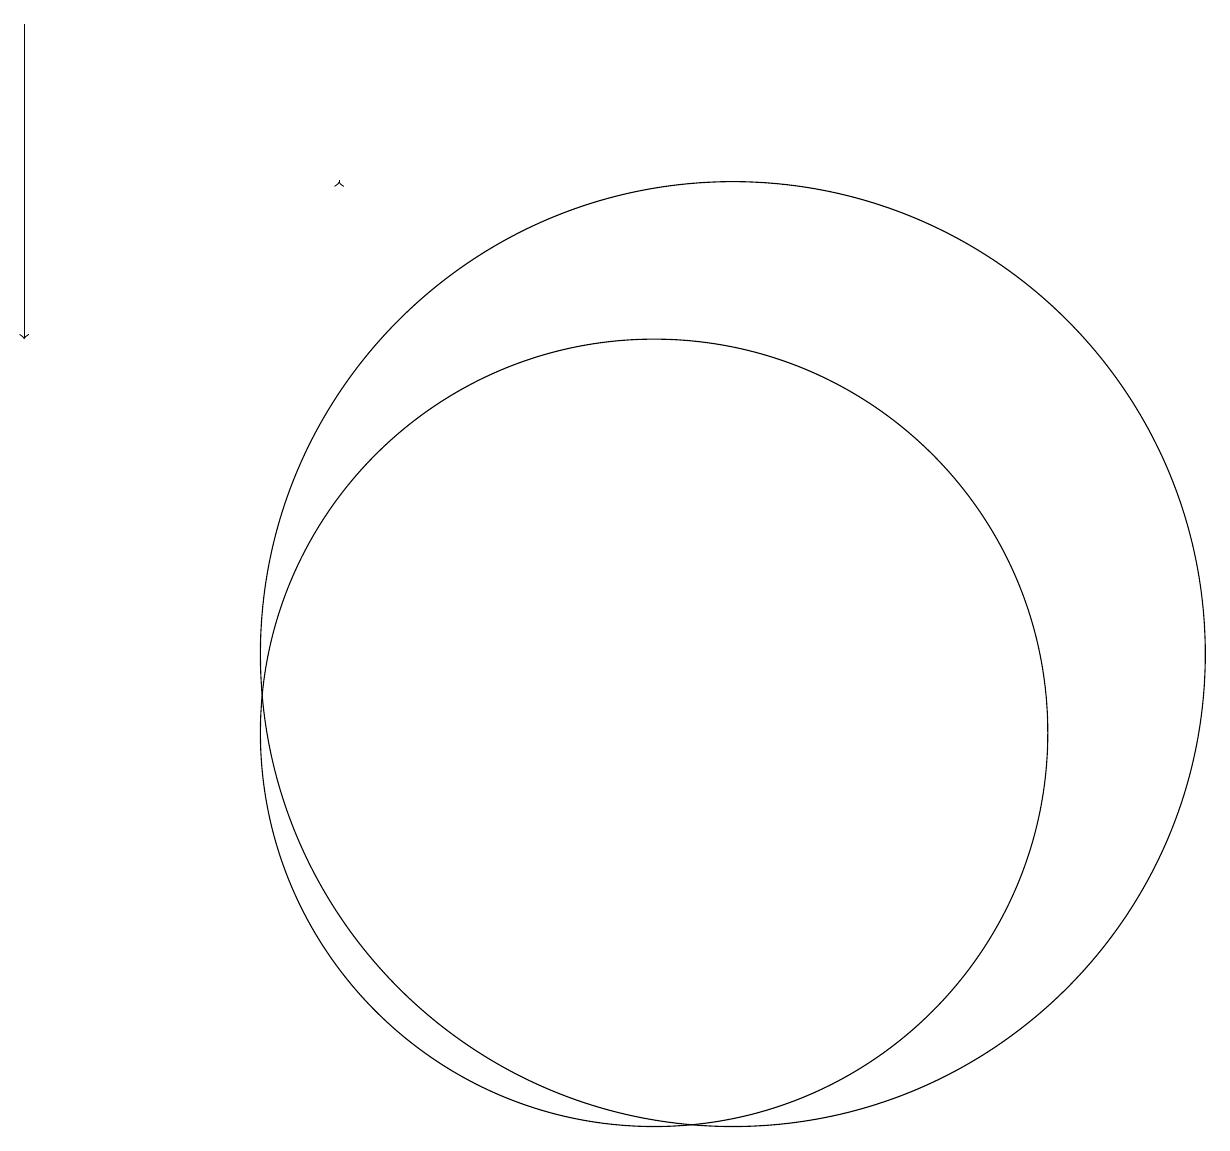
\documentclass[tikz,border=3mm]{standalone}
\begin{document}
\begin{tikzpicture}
\draw[->] (2,19) -- (2,15);
\draw (11,11) circle (6);
\draw[->] (6,17) -- (6,17);
\draw (10,10) circle (5);
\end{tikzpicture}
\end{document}